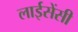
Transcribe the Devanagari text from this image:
लाईसेंसी